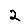
Digit: 2